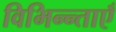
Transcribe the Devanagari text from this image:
विभिन्न्ताएँ